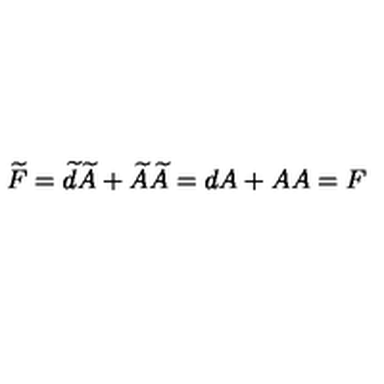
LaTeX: \widetilde { F } = \widetilde { d } \widetilde { A } + \widetilde { A } \widetilde { A } = d A + A A = F